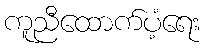
ကူညီထောက်ပံ့ရေး